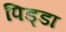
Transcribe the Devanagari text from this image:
पिड्डा